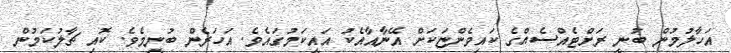
އަހާލުމުން ބުނީ ރަށްޓެއްސެއްގެ ކައިވެންޏަކަށް އޭނާއާއެކު އައީކަމުގައެވެ. އަހަރެން ބުނީމެވެ. ކޮއި ޗާލުކަމުން